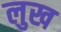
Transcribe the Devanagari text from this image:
लुख